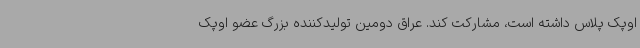
اوپک پلاس داشته است، مشارکت کند. عراق دومین تولیدکننده بزرگ عضو اوپک